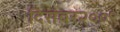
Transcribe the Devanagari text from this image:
दिसंबर२००९